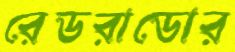
রেডরাডোর